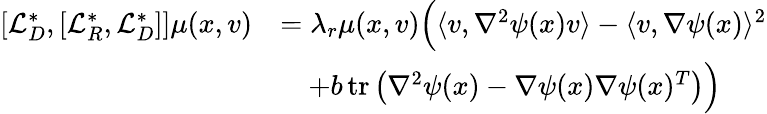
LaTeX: \begin{array}{rl}{[\mathcal{L}_{D}^{*},[\mathcal{L}_{R}^{*},\mathcal{L}_{D}^{*}]]\mu(x,v)}&{=\lambda_{r}\mu(x,v)\Big(\langle v,\nabla^{2}\psi(x)v\rangle-\langle v,\nabla\psi(x)\rangle^{2}}\\ &{\quad+b\, \textnormal{tr}\left(\nabla^{2}\psi(x)-\nabla\psi(x)\nabla\psi(x)^{T}\right)\Big)}\end{array}